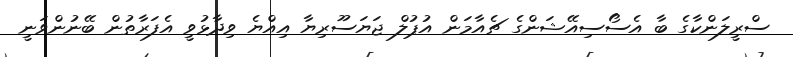
ސްރީލަންކާގެ ބާ އެސޯސިއޭޝަންގެ ޗެއާމަން އުޕުލް ޖަޔަސޫރިޔާ އިއްޔެ ވިދާޅުވީ އެފަރާތުން ބޭނުންވަނީ